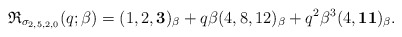
\begin{gather*}\mathfrak{R}_{\sigma_{2,5,2,0}}(q;\beta)= (1,2, {\bf 3})_{\beta} +q \beta (4,8,12)_{\beta}+q^2 \beta^3 (4,{\bf 11})_{\beta}.\end{gather*}